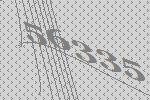
56335